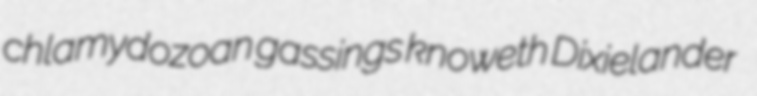
chlamydozoan gassings knoweth Dixielander